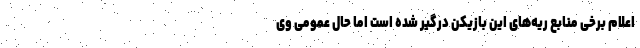
اعلام برخی منابع ریه‌های این بازیکن درگیر شده است اما حال عمومی وی